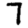
Digit: 7